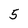
Character: 5